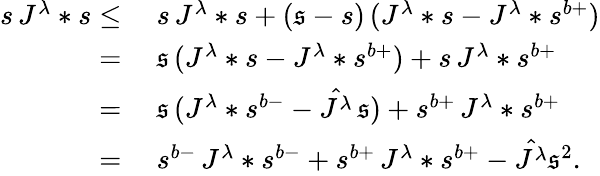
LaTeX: \begin{array}{rl}{s\, J^{\lambda}*s\leq}&{\ s\, J^{\lambda}*s+(\mathfrak{s}-s)\, (J^{\lambda}*s-J^{\lambda}*{s}^{b+})}\\ {=}&{\ \mathfrak{s}\, (J^{\lambda}*s-J^{\lambda}*s^{b+})+s\, J^{\lambda}*s^{b+}}\\ {=}&{\ \mathfrak{s}\, (J^{\lambda}*s^{b-}-\hat{J^{\lambda}}\, \mathfrak{s})+s^{b+}\, J^{\lambda}*s^{b+}}\\ {=}&{\ s^{b-}\, J^{\lambda}*s^{b-}+s^{b+}\, J^{\lambda}*s^{b+}-\hat{J^{\lambda}}\mathfrak{s}^{2}.}\end{array}